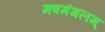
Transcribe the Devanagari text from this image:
मषमंगलम्